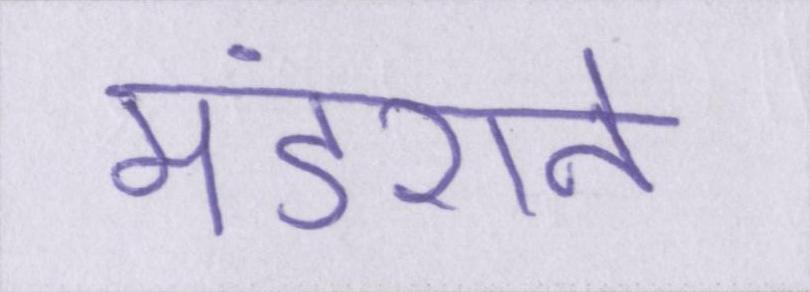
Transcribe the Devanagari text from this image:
मंडराने